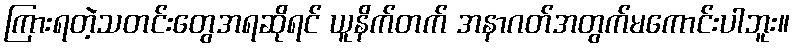
ကြားရတဲ့သတင်းတွေအရဆိုရင် ယူနိက်တက် အနာဂတ်အတွက်မကောင်းပါဘူး။